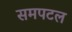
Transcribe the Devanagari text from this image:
समपटल